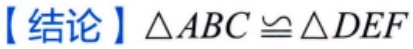
【结论】$\triangle ABC\cong\triangle DEF$